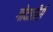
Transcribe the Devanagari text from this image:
गोदातीरीं